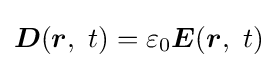
{\boldsymbol {D}}({\boldsymbol {r}},\ t)=\varepsilon _{0}{\boldsymbol {E}}({\boldsymbol {r}},\ t)